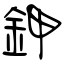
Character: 鉀